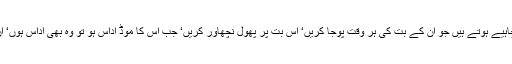
انہیں اپنے اردگرد نارمل انسان نہیں بلکہ پجاری چاہیے ہوتے ہیں جو اِن کے بت کی ہر وقت پوجا کریں‘ اس بت پر پھول نچھاور کریں‘ جب اس کا موڈ اداس ہو تو وہ بھی اداس ہوں‘ ان کا موڈ خوش ہو تو وہ بھی اپنا موڈ خوش رکھیں۔